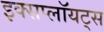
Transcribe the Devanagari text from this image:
इक्सप्लॉयट्स